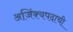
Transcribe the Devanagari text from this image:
अजिंक्यपदाची